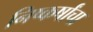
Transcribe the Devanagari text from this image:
निष्कर्षांचा